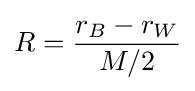
R={\frac {r_{B}-r_{W}}{M/2}}